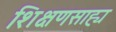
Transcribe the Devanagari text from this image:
शिक्षणसाह्य